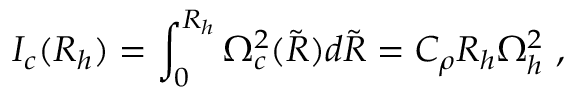
I _ { c } ( R _ { h } ) = \int _ { 0 } ^ { R _ { h } } \Omega _ { c } ^ { 2 } ( \tilde { R } ) d \tilde { R } = C _ { \rho } R _ { h } \Omega _ { h } ^ { 2 } \ ,